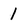
Character: 1